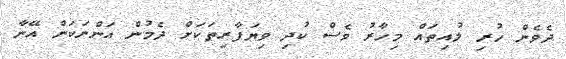
ދެވެން ހުރި ލުއިތައް މިހާރު ވެސް ކުދި ވިޔަފާރިތަކަށް ދެމުން އަންނަކަން އޭނާ